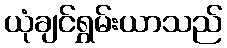
ယုံချင်ရွှမ်းယာသည်